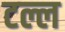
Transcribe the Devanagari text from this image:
टल्ल